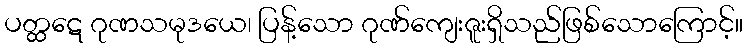
ပတ္ထဋေ ဂုဏသမုဒယေ၊ ပြန့်သော ဂုဏ်ကျေးဇူးရှိသည်ဖြစ်သောကြောင့်။